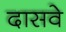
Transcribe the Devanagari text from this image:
दासवे